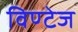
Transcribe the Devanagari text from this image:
विण्टेज